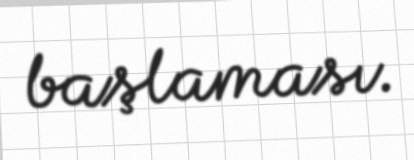
başlaması.